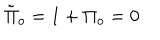
\tilde { \Pi } _ { o } = 1 + \Pi _ { o } = 0